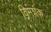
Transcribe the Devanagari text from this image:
विमर्शक